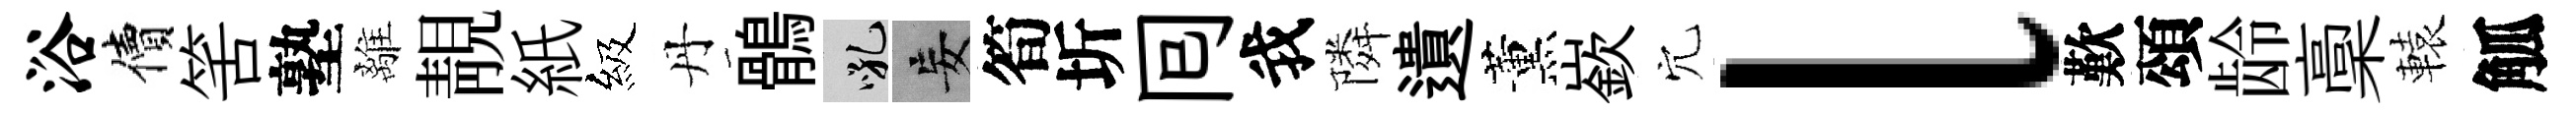
浴價筈塾離靚紙級丹鶻吼妄筍圻囘我隣遺薰嶔穴l歎頌龄稾轅觚